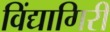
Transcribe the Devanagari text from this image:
विंद्यागिरी